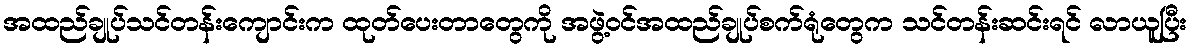
အထည်ချုပ်သင်တန်းကျောင်းက ထုတ်ပေးတာတွေကို အဖွဲ့ဝင်အထည်ချုပ်စက်ရုံတွေက သင်တန်းဆင်းရင် လာယူပြီး